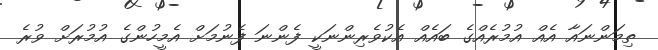
ތިމަންނައާ އެއް އުމުރެއްގެ ބައެއް އެކުވެރިންނަކީ ފެންނަ ފެނުމަށް އެމީހުންގެ އުމުރަށް ވުރެ